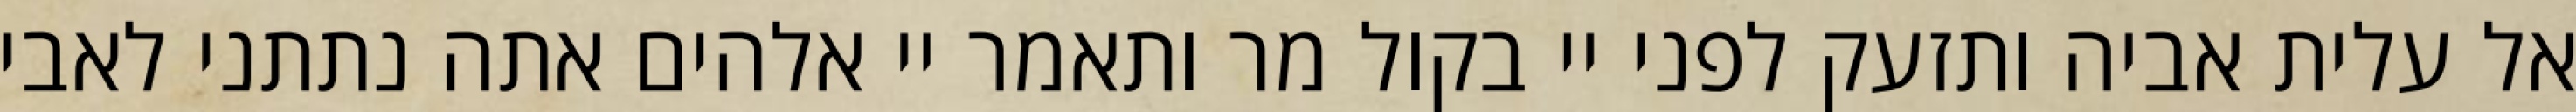
אל עלית אביה ותזעק לפני יי בקול מר ותאמר יי אלהים אתה נתתני לאבי